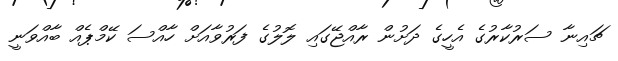
ޗައިނާ ސަރުކާރުގެ އެހީގެ ދަށުން ރާއްޖޭގައި ލޮލުގެ ފަރުވާއަށް ހާއްސަ ކޭމްޕެއް ބާއްވަނީ